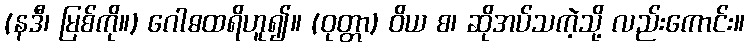
(နဒီ၊ မြစ်ကို။) ဂေါဓထရိဟူ၍။ (ဝုတ္တာ) ဝိယ စ၊ ဆိုအပ်သကဲ့သို့ လည်းကောင်း။